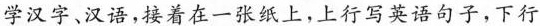
学汉字汉语，接着在二张纸上，上行写英语句子，下行